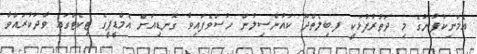
އެމަނިކުފާނުގެ މި ދަތުރުފުޅަކީ ފ.ބިލެތްދޫ ކައުންސިލުން ހުސްވެފައިވާ ގޮނޑިއަށް އެމްޑީޕީގެ ޓިކެޓްގައި ވާދަކުރައްވާ